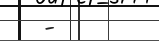
-